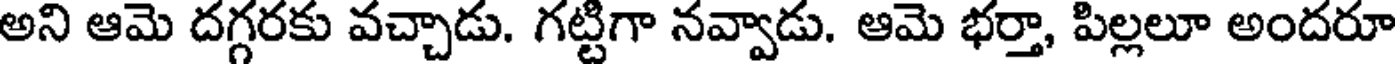
అని ఆమె దగ్గరకు వచ్చాడు. గట్టిగా నవ్వాడు. ఆమె భర్తా, పిల్లలూ అందరూ